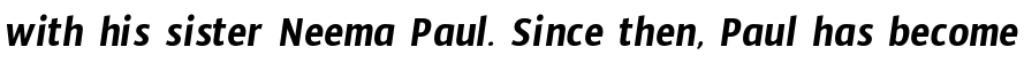
with his sister Neema Paul. Since then, Paul has become